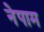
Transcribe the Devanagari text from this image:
नेपाम